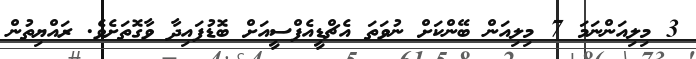
3 މިލިއަންނަމަ 7 މިލިއަން ބޭންކަށް ނުވަތަ އެޗްޑީއެފްސީއަށް ބޮޑުފައިދާ ވާގޮތަށެވެ. ރައްޔިތުން